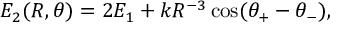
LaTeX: E _ { 2 } ( R , \theta ) = 2 E _ { 1 } + k R ^ { - 3 } \cos ( \theta _ { + } - \theta _ { - } ) ,